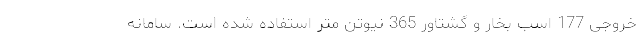
خروجی 177 اسب بخار و گشتاور 365 نیوتن متر استفاده شده است. سامانه